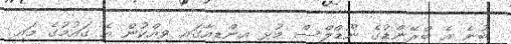
ބުނެ އެ ބްރޭންޑުގެ ނޫޑްލްސް މުޅި އިންޑިއާގައި ވިއްކުން އެ ގައުމުގެ މައި